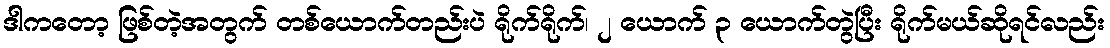
ဒါကတော့ ဖြစ်တဲ့အတွက် တစ်ယောက်တည်းပဲ ရိုက်ရိုက်၊ ၂ ယောက် ၃ ယောက်တွဲပြီး ရိုက်မယ်ဆိုရင်လည်း